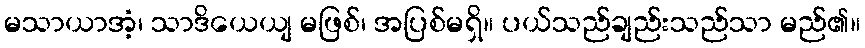
မသာယာအံ့၊ သာဒိယေယျ မဖြစ်၊ အပြစ်မရှိ။ ပယ်သည်ချည်းသည်သာ မည်၏။